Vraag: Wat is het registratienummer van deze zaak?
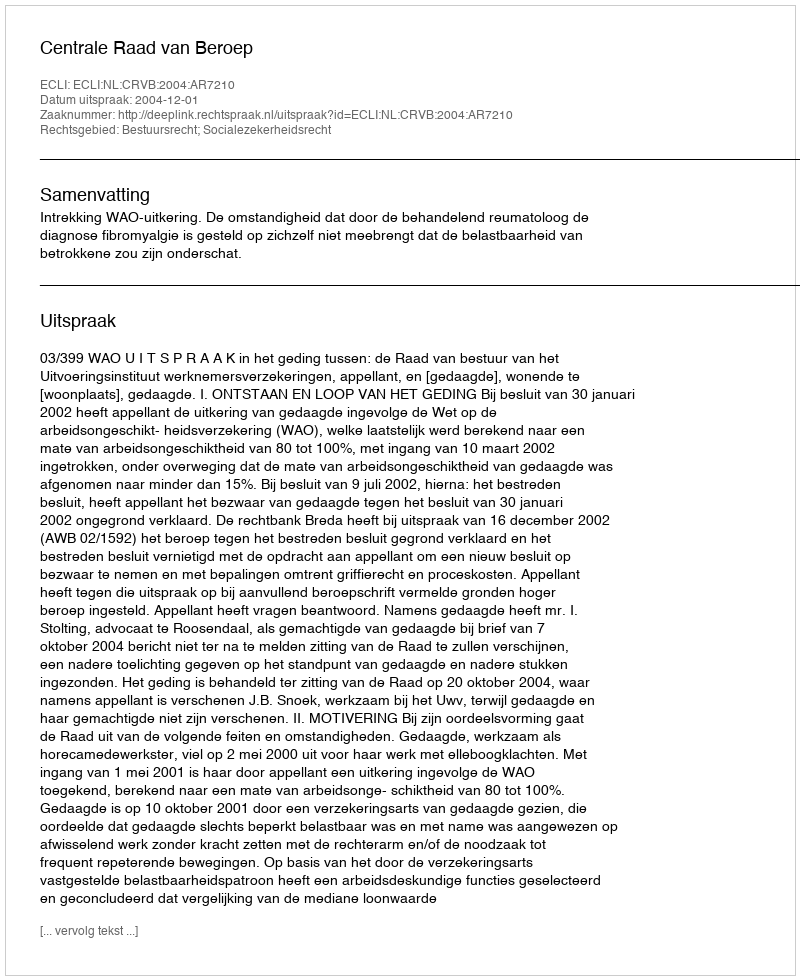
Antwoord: http://deeplink.rechtspraak.nl/uitspraak?id=ECLI:NL:CRVB:2004:AR7210